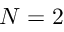
N = 2